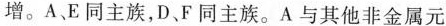
增。A E同主族，D、F同主族。A与其他非金属元